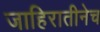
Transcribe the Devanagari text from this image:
जाहिरातीनेच